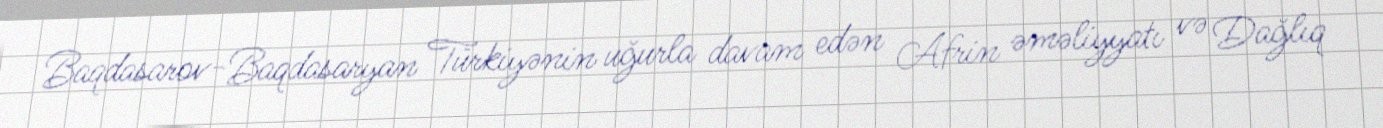
Baqdasarov-Baqdasaryan Türkiyənin uğurla davam edən Afrin əməliyyatı və Dağlıq